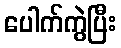
ပေါက်ကွဲပြီး